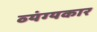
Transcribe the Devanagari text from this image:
व्‍यंग्‍यकार